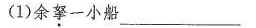
(1)余孥一小船_